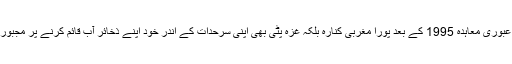
فلسطین عبوری معاہدہ 1995 کے بعد پورا مغربی کنارہ بلکہ غزہ پٹی بھی اپنی سرحدات کے اندر خود اپنے ذخائر آب قائم کرنے پر مجبور ہوگئی ۔